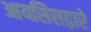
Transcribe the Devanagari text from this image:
आयसिसद्वारे